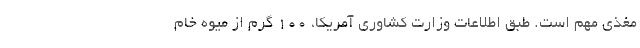
مغذی مهم است. طبق اطلاعات وزارت کشاوری آمریکا، 100 گرم از میوه خام